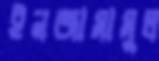
ইনজামামুল